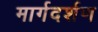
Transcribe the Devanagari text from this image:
मार्गदर्शण